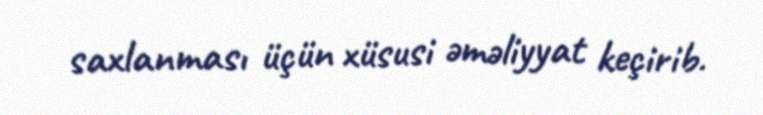
saxlanması üçün xüsusi əməliyyat keçirib.